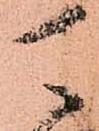
可